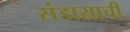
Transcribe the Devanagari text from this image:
संडासाची